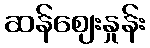
ဆန်ဈေးနှုန်း